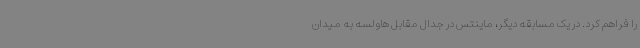
را فراهم کرد. در یک مسابقه دیگر، ماینتس در جدال مقابل هاولسه به میدان